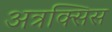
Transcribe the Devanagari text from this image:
अत्रक्सिस